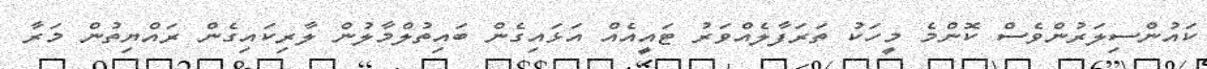
ކައުންސިލަރުންވެސް ކޮންމެ މީހަކު ތަރަފާލެއްވަރު ޓައީއެއް އަޅައިގެން ބައިތުލްމާލުން ލާރިކައިގެން ރައްޔިތުން މަރާ